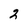
Character: 2